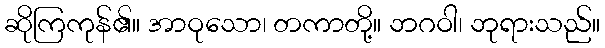
ဆိုကြကုန်၏။ အာဝုသော၊ တကာတို့။ ဘဂဝါ၊ ဘုရားသည်။